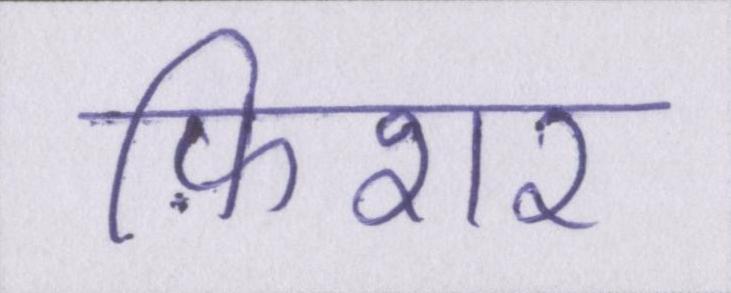
फ़िशर